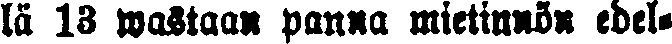
lä 13 wastaan panna mietinnön edel-